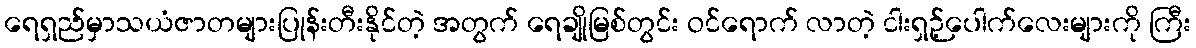
ရေရှည်မှာသယံဇာတများပြုန်းတီးနိုင်တဲ့ အတွက် ရေချိုမြစ်တွင်း ဝင်ရောက် လာတဲ့ ငါးရှဉ့်ပေါက်လေးများကို ကြီး